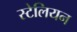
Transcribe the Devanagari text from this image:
स्टेलियन